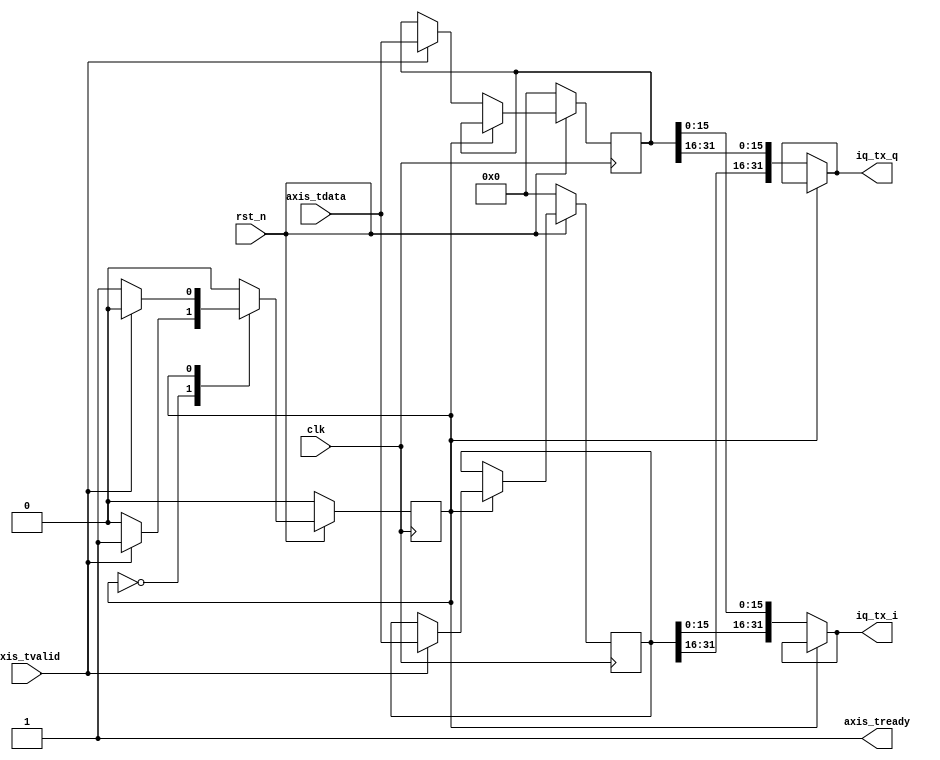
`timescale 1ns / 1ps
//////////////////////////////////////////////////////////////////////////////////
// Company: 
// Engineer: 
// 
// Design Name: 
// Module Name: CPRI_DDC_Adapter
// Project Name: 
// Target Devices: 
// Tool Versions: 
// Description: 
// 
// Dependencies: 
// 
// Revision:
// Revision 0.01 - File Created
// Additional Comments:
// 
//////////////////////////////////////////////////////////////////////////////////


module Adapter_UL(
	input 			clk, rst_n,
	// Port for AXIS DDC
	input [31:0] 	axis_tdata,
	input 			axis_tvalid,

	output 			axis_tready,
	// Port for CPRI
	output [31:0] 	iq_tx_i, iq_tx_q
    );
	
	// signal for FSM
	localparam ZERO = 1'b0, ONE = 1'b1;
	reg state = ZERO;
	reg [31:0] tdata_buf_1 = 0;
	reg	[31:0] tdata_buf_2 = 0;

	reg [4:0] counter = 0;

	always @(posedge clk) begin
		if (~rst_n) begin
			counter <= 0;
			state <= ZERO;
			tdata_buf_1 <= 0;
			tdata_buf_2 <= 0;
		end
		else begin
			case (state)
				ZERO: begin
					if (axis_tvalid) begin
						tdata_buf_1 <= axis_tdata;
						state <= ONE;
					end
				end
				ONE: begin
					if (axis_tvalid) begin
						tdata_buf_2 <= axis_tdata;
						state <= ZERO;
					end
				end
				default : /* default */;
			endcase
		end
	end

	assign axis_tready = 1'b1;

	assign iq_tx_i = (state == ZERO) ? {tdata_buf_2[15:0], tdata_buf_1[15:0]} : 
						iq_tx_i;
	assign iq_tx_q = (state == ZERO) ? {tdata_buf_2[31:16], tdata_buf_1[31:16]} :
						iq_tx_q;
endmodule